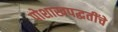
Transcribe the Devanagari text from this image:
पोशाखपद्धतींचे